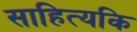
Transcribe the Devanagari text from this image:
साहित्यकि